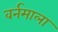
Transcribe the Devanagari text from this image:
वर्नमाला